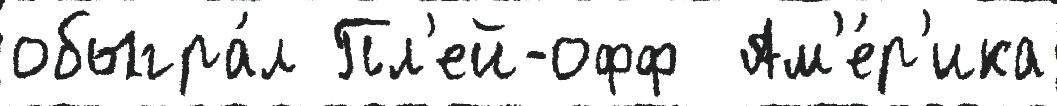
обыгра́л Пл'ей-офф  Ам'е́р'ика